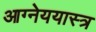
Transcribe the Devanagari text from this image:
आग्नेययास्त्र